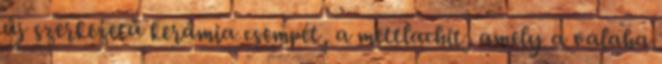
új szerkezetű kerámia csempét, a mettlachit, amely a valaha